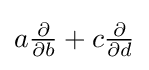
a{\tfrac {\partial }{\partial b}}+c{\tfrac {\partial }{\partial d}}